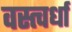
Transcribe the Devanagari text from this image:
वस्त्वर्धा